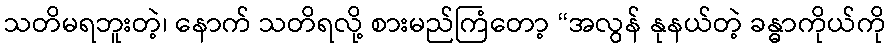
သတိမရဘူးတဲ့၊ နောက် သတိရလို့ စားမည်ကြံတော့ “အလွန် နုနယ်တဲ့ ခန္ဓာကိုယ်ကို